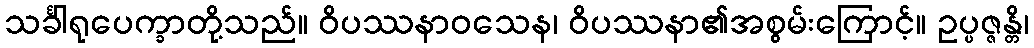
သင်္ခါရုပေက္ခာတို့သည်။ ဝိပဿနာဝသေန၊ ဝိပဿနာ၏အစွမ်းကြောင့်။ ဥပ္ပဇ္ဇန္တိ၊